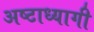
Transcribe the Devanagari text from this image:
अष्टाध्यागी